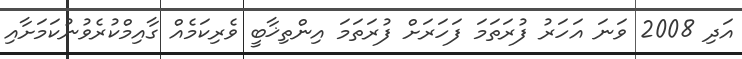
އަދި 2008 ވަނަ އަހަރު ފުރަތަމަ ފަހަރަށް ފުރަތަމަ އިންތިޚާބީ ވެރިކަމެއް ގާއިމްކުރެވުނުކަމަށާއި